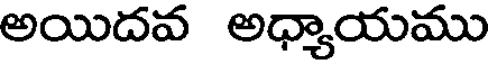
అయిదవ అధ్యాయము